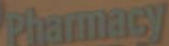
Pharmacy